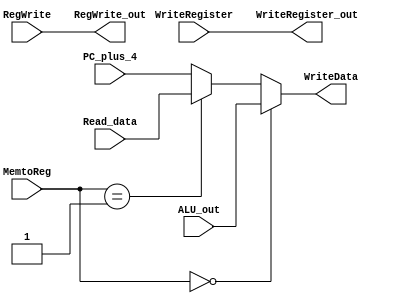

module WriteBack(Read_data, PC_plus_4, ALU_out, RegWrite, WriteRegister, MemtoReg, 
    WriteData, RegWrite_out, WriteRegister_out);
    input [31:0] Read_data; // data read from MEM, for lw
    input [31:0] PC_plus_4; // for jal, jalr
    input [31:0] ALU_out; // for other instructions
    input RegWrite; // Enables writing register, thru to ID
    input [4:0] WriteRegister; // which register to write, thru to ID
    input [1:0] MemtoReg;
    output [31:0] WriteData;
    output RegWrite_out;
    output [4:0] WriteRegister_out;
    
    assign RegWrite_out = RegWrite;
    assign WriteRegister_out = WriteRegister[4:0];
    assign WriteData = (MemtoReg == 2'b00)? ALU_out: 
        (MemtoReg == 2'b01)? Read_data: PC_plus_4;
        
endmodule